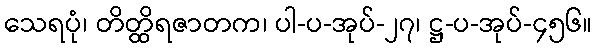
သေရပုံ၊ တိတ္ထိရဇာတက၊ ပါ-ပ-အုပ်-၂၇၊ ဋ္ဌ-ပ-အုပ်-၄၅၆။